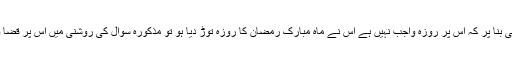
اگر صرف اسی احتمال کی بنا پر کہ اس پر روزہ واجب نہیں ہے اس نے ماہ مبارک رمضان کا روزہ توڑ دیا ہو تو مذکورہ سوال کی روشنی میں اس پر قضا و کفارہ دونوں واجب ہیں۔